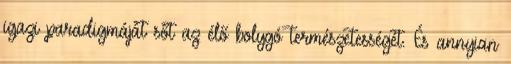
igazi paradigmáját sőt az élő bolygó természetességét. És annyian